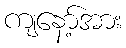
ကျနော့်အား